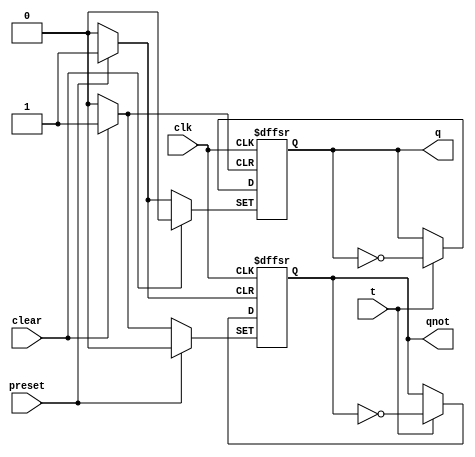
module tff ( output q, output qnot, 
				input t, input clk, 
				input preset, input clear ); 
	reg q, qnot; 
	always @( posedge clk or posedge preset or posedge clear) 
	begin 
		if (clear ) 
		begin 
			q = 0; qnot = 1; 
		end 
		else if (preset) 
		begin 
			q = 1; qnot = 0; 
		end 
		else 
		begin 
			if ( t ) 
			begin 
				q <= ~q; qnot <= ~qnot; 
			end 
		end 
	end 
endmodule